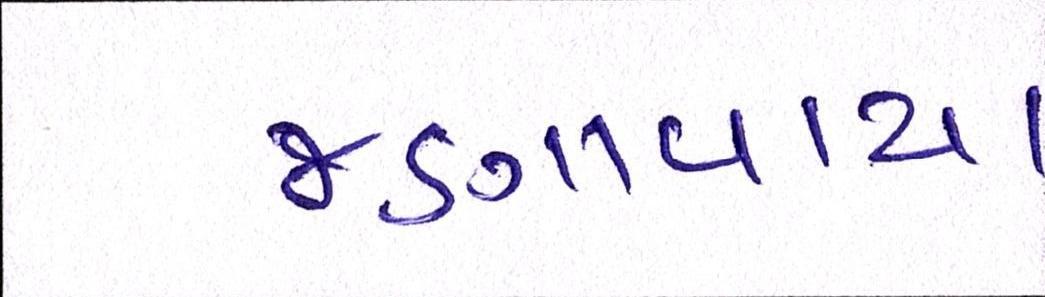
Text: જણાવાયા